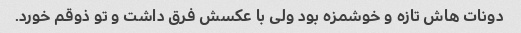
دونات هاش تازه و خوشمزه بود ولی با عکسش فرق داشت و تو ذوقم خورد.